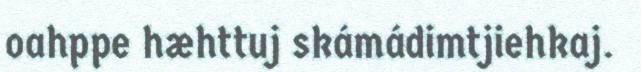
oahppe hæhttuj skámádimtjiehkaj.